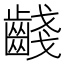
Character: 𪘪